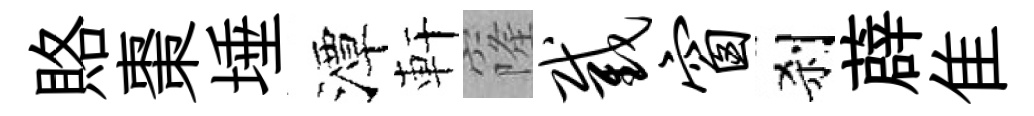
賂棗埵潭軒窿截窗刹薜隹